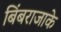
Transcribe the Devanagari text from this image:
बिंबराजाके